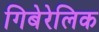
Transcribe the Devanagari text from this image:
गिबेरेलिक